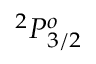
^ 2 P _ { 3 / 2 } ^ { o }